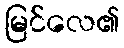
မြင်လေ၏